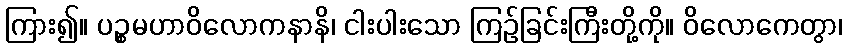
ကြား၍။ ပဉ္စမဟာဝိလောကနာနိ၊ ငါးပါးသော ကြဉ်ခြင်းကြီးတို့ကို။ ဝိလောကေတွာ၊